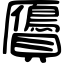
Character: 贗